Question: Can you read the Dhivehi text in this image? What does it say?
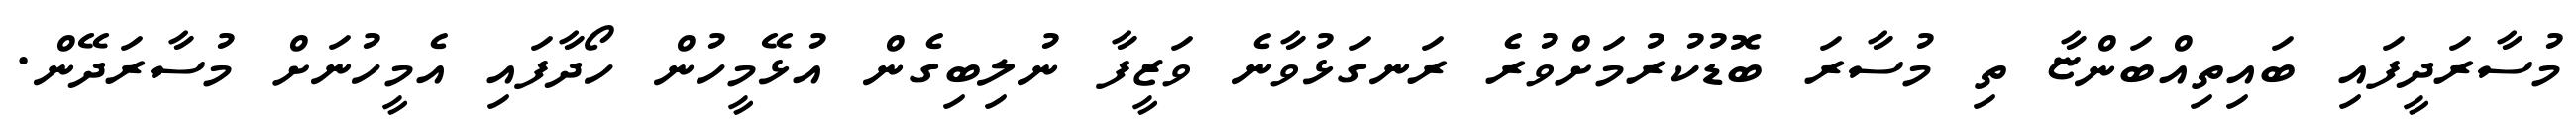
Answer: މުސާރަދީފައި ބައިތިއްބަންޏާ ތި މުސާރަ ބޮޑުކުރުމަށްވުރެ ރަނގަޅުވާނެ ވަޒީފާ ނުލިބިގެން އުޅޭމީހުން ހޯދާފައި އެމީހުނަށް މުސާރަދޭން.